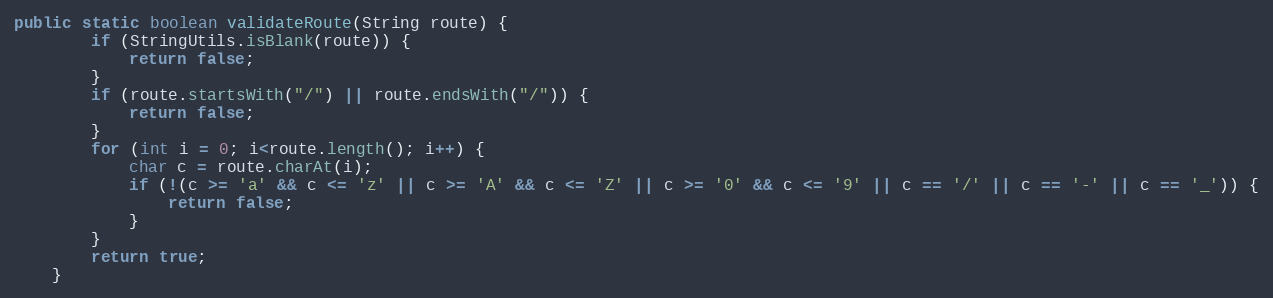
Language: Java
public static boolean validateRoute(String route) {
		if (StringUtils.isBlank(route)) {
			return false;
		}
		if (route.startsWith("/") || route.endsWith("/")) {
			return false;
		}
		for (int i = 0; i<route.length(); i++) {
			char c = route.charAt(i);
			if (!(c >= 'a' && c <= 'z' || c >= 'A' && c <= 'Z' || c >= '0' && c <= '9' || c == '/' || c == '-' || c == '_')) {
				return false;
			}
		}
		return true;
	}